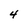
Character: 4